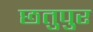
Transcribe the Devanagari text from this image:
छतुपुर